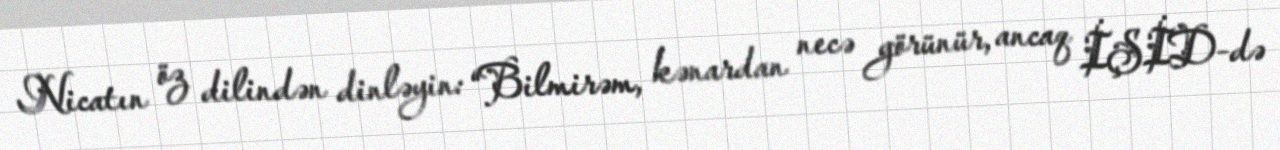
Nicatın öz dilindən dinləyin: “Bilmirəm, kənardan necə görünür, ancaq İŞİD-də